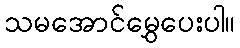
သမအောင်မွှေပေးပါ။